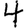
Digit: 4